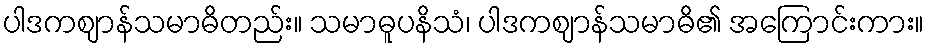
ပါဒကဈာန်သမာဓိတည်း။ သမာဓူပနိသံ၊ ပါဒကဈာန်သမာဓိ၏ အကြောင်းကား။